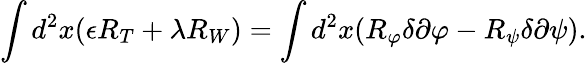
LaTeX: \int d^{2}x(\epsilon R_{T}+\lambda R_{W})=\int d^{2}x(R_{\varphi}\delta\partial\varphi-R_{\psi}\delta\partial\psi).